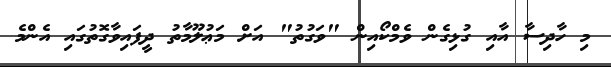
މި ހާދިސާ އާއި ގުޅިގެން ވެމްކޯއިން "ވަގުތު" އަށް މަޢުލޫމާތު ދީފައިވާގޮތުގައި އެންމެ